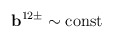
\begin{align*}{\bf b}^{12\pm}\sim{\rm const} \end{align*}